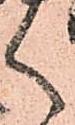
く